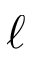
\ell